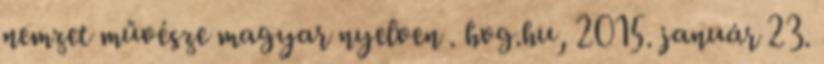
nemzet művésze magyar nyelven . hvg.hu, 2015. január 23.